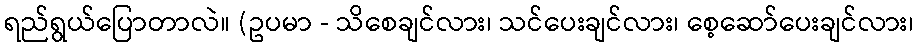
ရည်ရွယ်ပြောတာလဲ။ (ဥပမာ - သိစေချင်လား၊ သင်ပေးချင်လား၊ စေ့ဆော်ပေးချင်လား၊